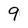
Character: 9